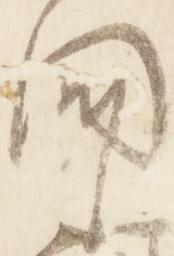
聞